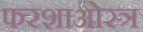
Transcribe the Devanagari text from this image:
फरशाओस्त्र